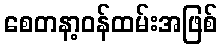
စေတနာ့ဝန်ထမ်းအဖြစ်